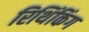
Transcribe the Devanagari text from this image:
रिथिंकिंग